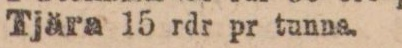
Tjära 15 rdr pr tunna.